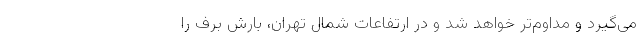
می‌گیرد و مداوم‌تر خواهد شد و در ارتفاعات شمال تهران، بارش برف را